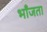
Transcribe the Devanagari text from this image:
भाँजता